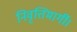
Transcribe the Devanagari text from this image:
निवृत्तिमार्गी।